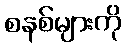
စနစ်များကို